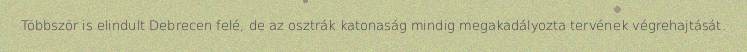
Többször is elindult Debrecen felé, de az osztrák katonaság mindig megakadályozta tervének végrehajtását.